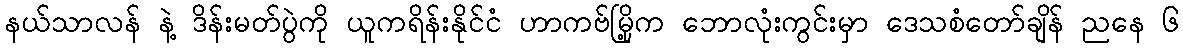
နယ်သာလန် နဲ့ ဒိန်းမတ်ပွဲကို ယူကရိန်းနိုင်ငံ ဟာကဗ်မြို့က ဘောလုံးကွင်းမှာ ဒေသစံတော်ချိန် ညနေ ၆